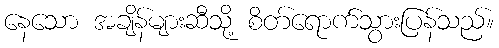
နေသော အချိန်များဆီသို့ စိတ်ရောက်သွားပြန်သည်။